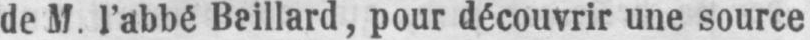
de M. l’abbé Baillard, pour découvrir une source